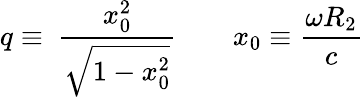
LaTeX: q\equiv\ \frac{x_{0}^{2}}{\sqrt{1-x_{0}^{2}}}\qquad x_{0}\equiv\frac{\omega R_{2}}c